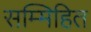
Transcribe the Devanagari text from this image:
सम्मिहित